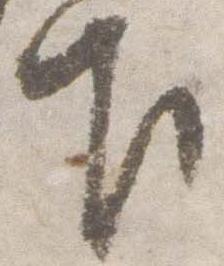
下